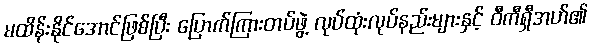
မထိန်းနိုင်အောင်ဖြစ်ပြီး ပြောက်ကြားတပ်ဖွဲ့ လုပ်ထုံးလုပ်နည်းများနှင့် ဝီကီရှီအဟ်၏